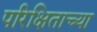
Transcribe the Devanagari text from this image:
परिक्षिताच्या